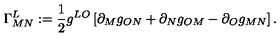
\Gamma _ { M N } ^ { L } : = \frac { 1 } { 2 } g ^ { L O } \left[ \partial _ { M } g _ { O N } + \partial _ { N } g _ { O M } - \partial _ { O } g _ { M N } \right] .